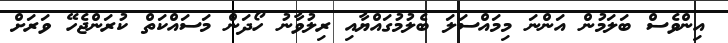
އިންވެސް ބަލަމުން އަންނަ މިމައްސަލަ ބެލުމުގައްޔާއި ރިލުވާނު ހޯދަން މަސައްކަތް ކުރަންޖެހޭ ވަރަށް